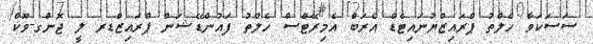
ސަސަކަވާ ހެލްތު ޕްރައިޒްޔުނައިޓެޑް އެރަބް އެމިރޭޓްސް ހެލްތު ފައުންޑޭޝަން ޕްރައިޒްޑރ ލީ ޖޮންގ-ވޫކް